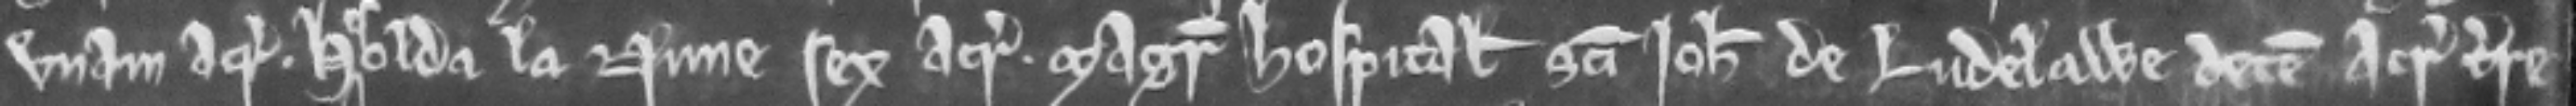
unam acram. Hisolda la Nune sex acras. Magister Hospitalis Sancti Johannis de Ludelawe decem acras terre